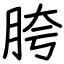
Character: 胯